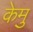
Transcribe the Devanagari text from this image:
केमु